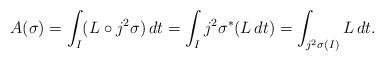
LaTeX: \begin{align*}A(\sigma)=\int_{I}(L\circ j^{2}\sigma)\,dt=\int_{I}j^{2}\sigma^{\ast}(L\,dt)=\int_{j^{2}\sigma(I)}L\,dt. \end{align*}